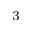
^ { 3 }